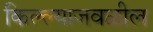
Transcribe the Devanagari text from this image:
किल्ल्याजवळील